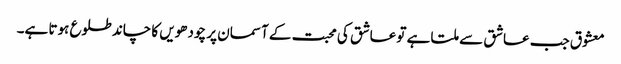
معشوق جب عاشق سے ملتا ہے تو عاشق کی محبت کے آسمان پر چودھویں کا چاند طلوع ہوتا ہے۔